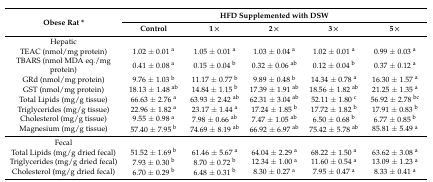
<table><thead><tr><td rowspan="2"><b>Obese Rat *</b></td><td colspan="5"><b>HFD Supplemented with DSW</b></td></tr><tr><td><b>Control</b></td><td><b>1×</b></td><td><b>2×</b></td><td><b>3×</b></td><td><b>5×</b></td></tr></thead><tbody><tr><td>Hepatic</td><td></td><td></td><td></td><td></td><td></td></tr><tr><td>TEAC (nmol/mg protein)</td><td>1.02 ± 0.01 <sup>a</sup></td><td>1.05 ± 0.01 <sup>a</sup></td><td>1.03 ± 0.04 <sup>a</sup></td><td>1.02 ± 0.01 <sup>a</sup></td><td>0.99 ± 0.03 <sup>a</sup></td></tr><tr><td>TBARS (nmol MDA eq./mg protein)</td><td>0.41 ± 0.08 <sup>a</sup></td><td>0.15 ± 0.04 <sup>b</sup></td><td>0.32 ± 0.06 <sup>ab</sup></td><td>0.12 ± 0.04 <sup>b</sup></td><td>0.37 ± 0.12 <sup>a</sup></td></tr><tr><td>GRd (nmol/mg protein)</td><td>9.76 ± 1.03 <sup>b</sup></td><td>11.17 ± 0.77 <sup>b</sup></td><td>9.89 ± 0.48 <sup>b</sup></td><td>14.34 ± 0.78 <sup>a</sup></td><td>16.30 ± 1.57 <sup>a</sup></td></tr><tr><td>GST (nmol/mg protein)</td><td>18.13 ± 1.48 <sup>ab</sup></td><td>14.84 ± 1.15 <sup>b</sup></td><td>17.39 ± 1.91 <sup>ab</sup></td><td>18.56 ± 1.82 <sup>ab</sup></td><td>21.25 ± 1.35 <sup>a</sup></td></tr><tr><td>Total Lipids (mg/g tissue)</td><td>66.63 ± 2.76 <sup>a</sup></td><td>63.93 ± 2.42 <sup>ab</sup></td><td>62.31 ± 3.04 <sup>ab</sup></td><td>52.11 ± 1.80 <sup>c</sup></td><td>56.92 ± 2.78 <sup>bc</sup></td></tr><tr><td>Triglycerides (mg/g tissue)</td><td>22.96 ± 1.82 <sup>a</sup></td><td>23.17 ± 1.44 <sup>a</sup></td><td>17.24 ± 1.85 <sup>b</sup></td><td>17.72 ± 1.82 <sup>b</sup></td><td>17.91 ± 0.83 <sup>b</sup></td></tr><tr><td>Cholesterol (mg/g tissue)</td><td>9.55 ± 0.98 <sup>a</sup></td><td>7.98 ± 0.66 <sup>ab</sup></td><td>7.47 ± 1.05 <sup>ab</sup></td><td>6.50 ± 0.68 <sup>b</sup></td><td>6.77 ± 0.85 <sup>b</sup></td></tr><tr><td>Magnesium (mg/g tissue)</td><td>57.40 ± 7.95 <sup>b</sup></td><td>74.69 ± 8.19 <sup>ab</sup></td><td>66.92 ± 6.97 <sup>ab</sup></td><td>75.42 ± 5.78 <sup>ab</sup></td><td>85.81 ± 5.49 <sup>a</sup></td></tr><tr><td>Fecal</td><td></td><td></td><td></td><td></td><td></td></tr><tr><td>Total Lipids (mg/g dried fecal)</td><td>51.52 ± 1.69 <sup>b</sup></td><td>61.46 ± 5.67 <sup>a</sup></td><td>64.04 ± 2.29 <sup>a</sup></td><td>68.22 ± 1.50 <sup>a</sup></td><td>63.62 ± 3.08 <sup>a</sup></td></tr><tr><td>Triglycerides (mg/g dried fecal)</td><td>7.93 ± 0.30 <sup>b</sup></td><td>8.70 ± 0.72 <sup>b</sup></td><td>12.34 ± 1.00 <sup>a</sup></td><td>11.60 ± 0.54 <sup>a</sup></td><td>13.09 ± 1.23 <sup>a</sup></td></tr><tr><td>Cholesterol (mg/g dried fecal)</td><td>6.70 ± 0.29 <sup>b</sup></td><td>6.48 ± 0.31 <sup>b</sup></td><td>8.30 ± 0.27 <sup>a</sup></td><td>7.95 ± 0.47 <sup>a</sup></td><td>8.33 ± 0.41 <sup>a</sup></td></tr></tbody></table>